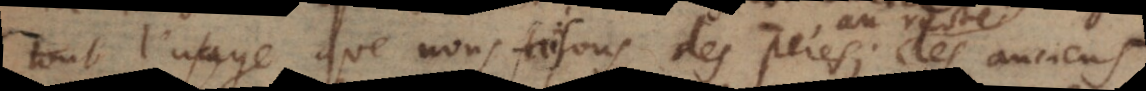
tout l’usage que nous faisons des pères; les anciens